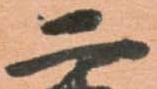
二